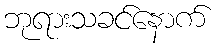
ဘုရားသခင်နောက်